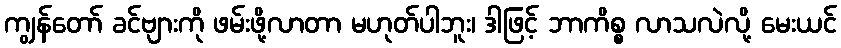
ကျွန်တော် ခင်ဗျားကို ဖမ်းဖို့လာတာ မဟုတ်ပါဘူး၊ ဒါဖြင့် ဘာကိစ္စ လာသလဲလို့ မေးယင်